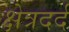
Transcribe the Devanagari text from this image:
क्षेत्रदर्द